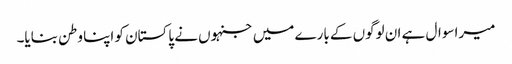
میرا سوال ہے ان لوگوں کے بارے میں جنہوں نے پاکستان کو اپنا وطن بنایا۔